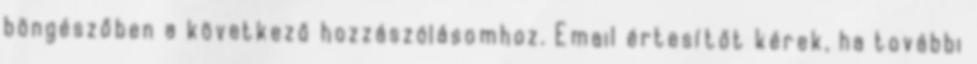
böngészőben a következő hozzászólásomhoz. Email értesítőt kérek, ha további